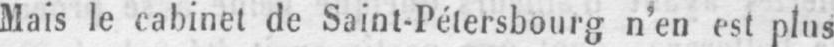
Mais le cabinet de Saint-Pétersbourg n’en est plus